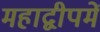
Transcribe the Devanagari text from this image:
महाद्वीपमें